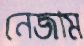
নেজাম